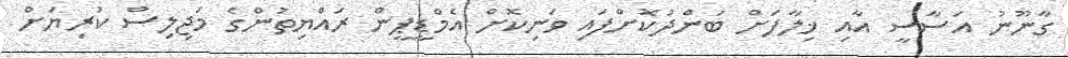
ގާނޫނު އަސާސީ އާއި ޚިލާފަށް ބަންދުކޮށްފައި ވަނިކޮށް އެމްޑީޕީން ރައްޔިތުންގެ މަޖިލިސް ކުރިޔަށް